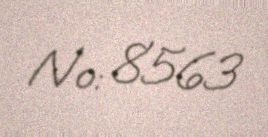
№: 8563